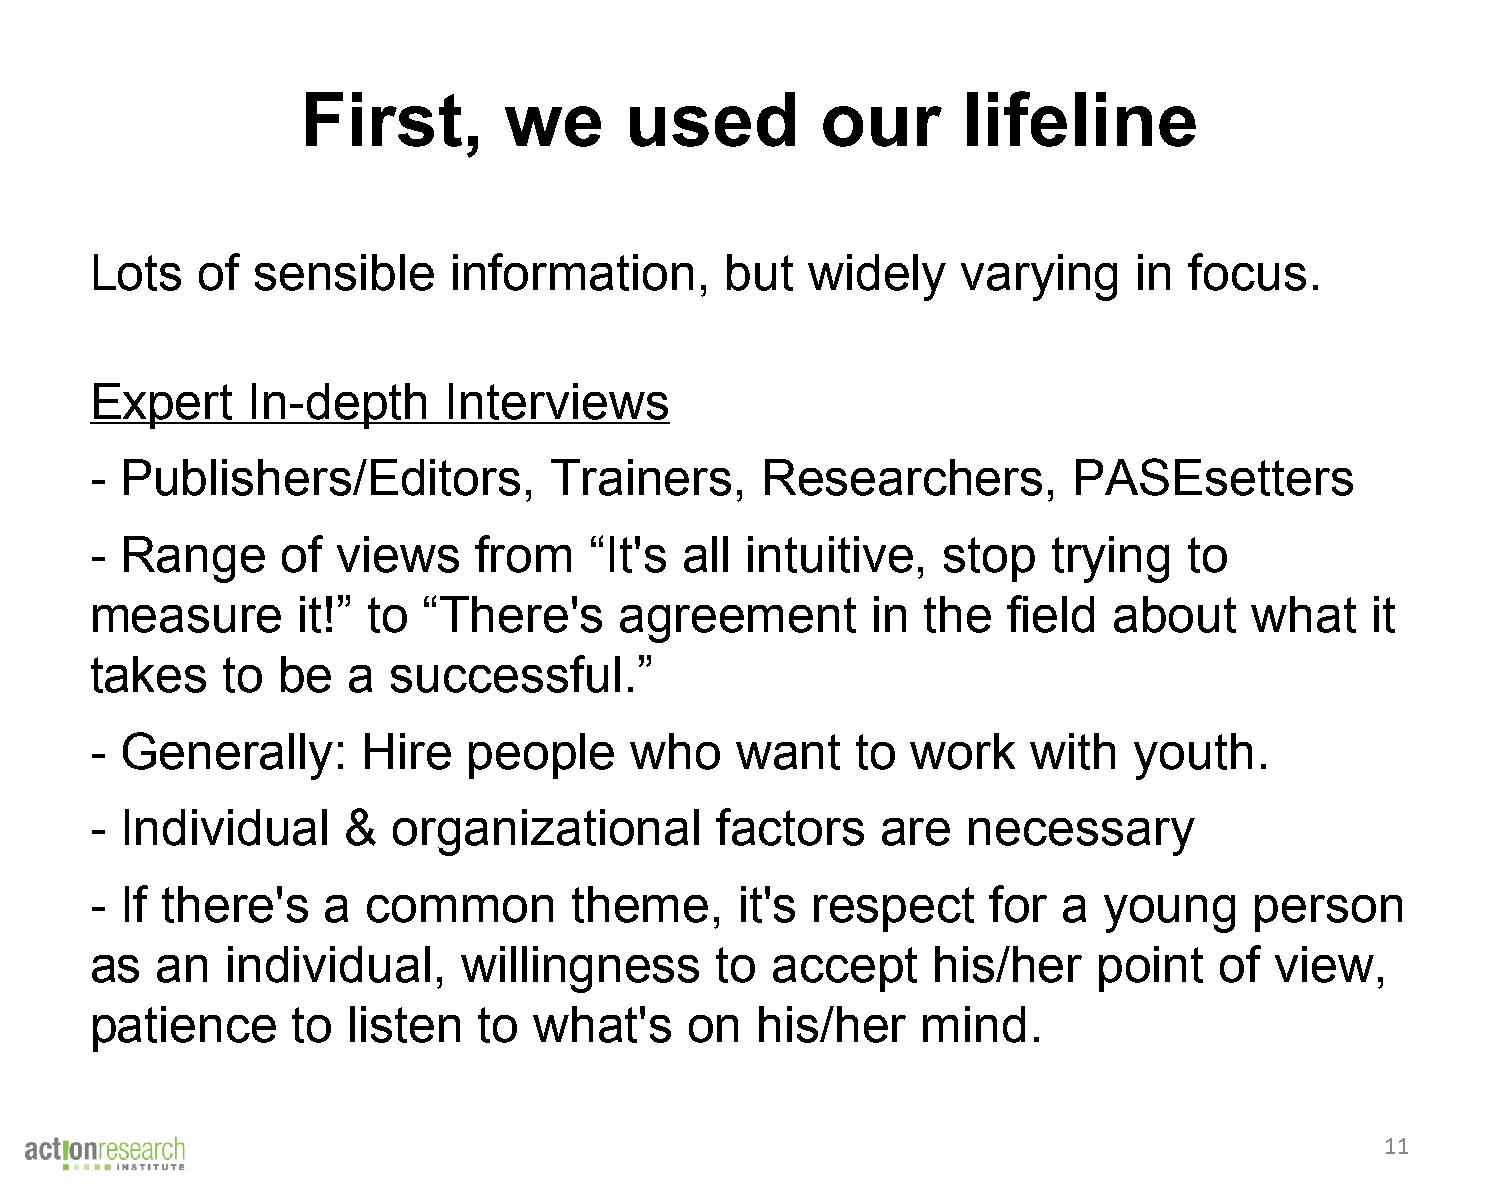
First,       we      used         our       lifeline
 Lots   of  sensible     information,      but   widely    varying    in  focus.
 Expert    In-depth     Interviews
 - Publishers/Editors,         Trainers,     Researchers,         PASEsetters
 - Range      of views    from    “It's all intuitive,   stop    trying   to
 measure       it!” to “There's     agreement        in the   field  about    what    it
 takes    to be   a  successful.”
 - Generally:      Hire   people     who    want    to work    with   youth.
 - Individual     &  organizational       factors    are   necessary
 - If there's   a  common        theme,     it's respect     for a  young     person
 as  an   individual,     willingness     to  accept     his/her    point   of view,
 patience     to  listen   to what's     on  his/her    mind.
 11